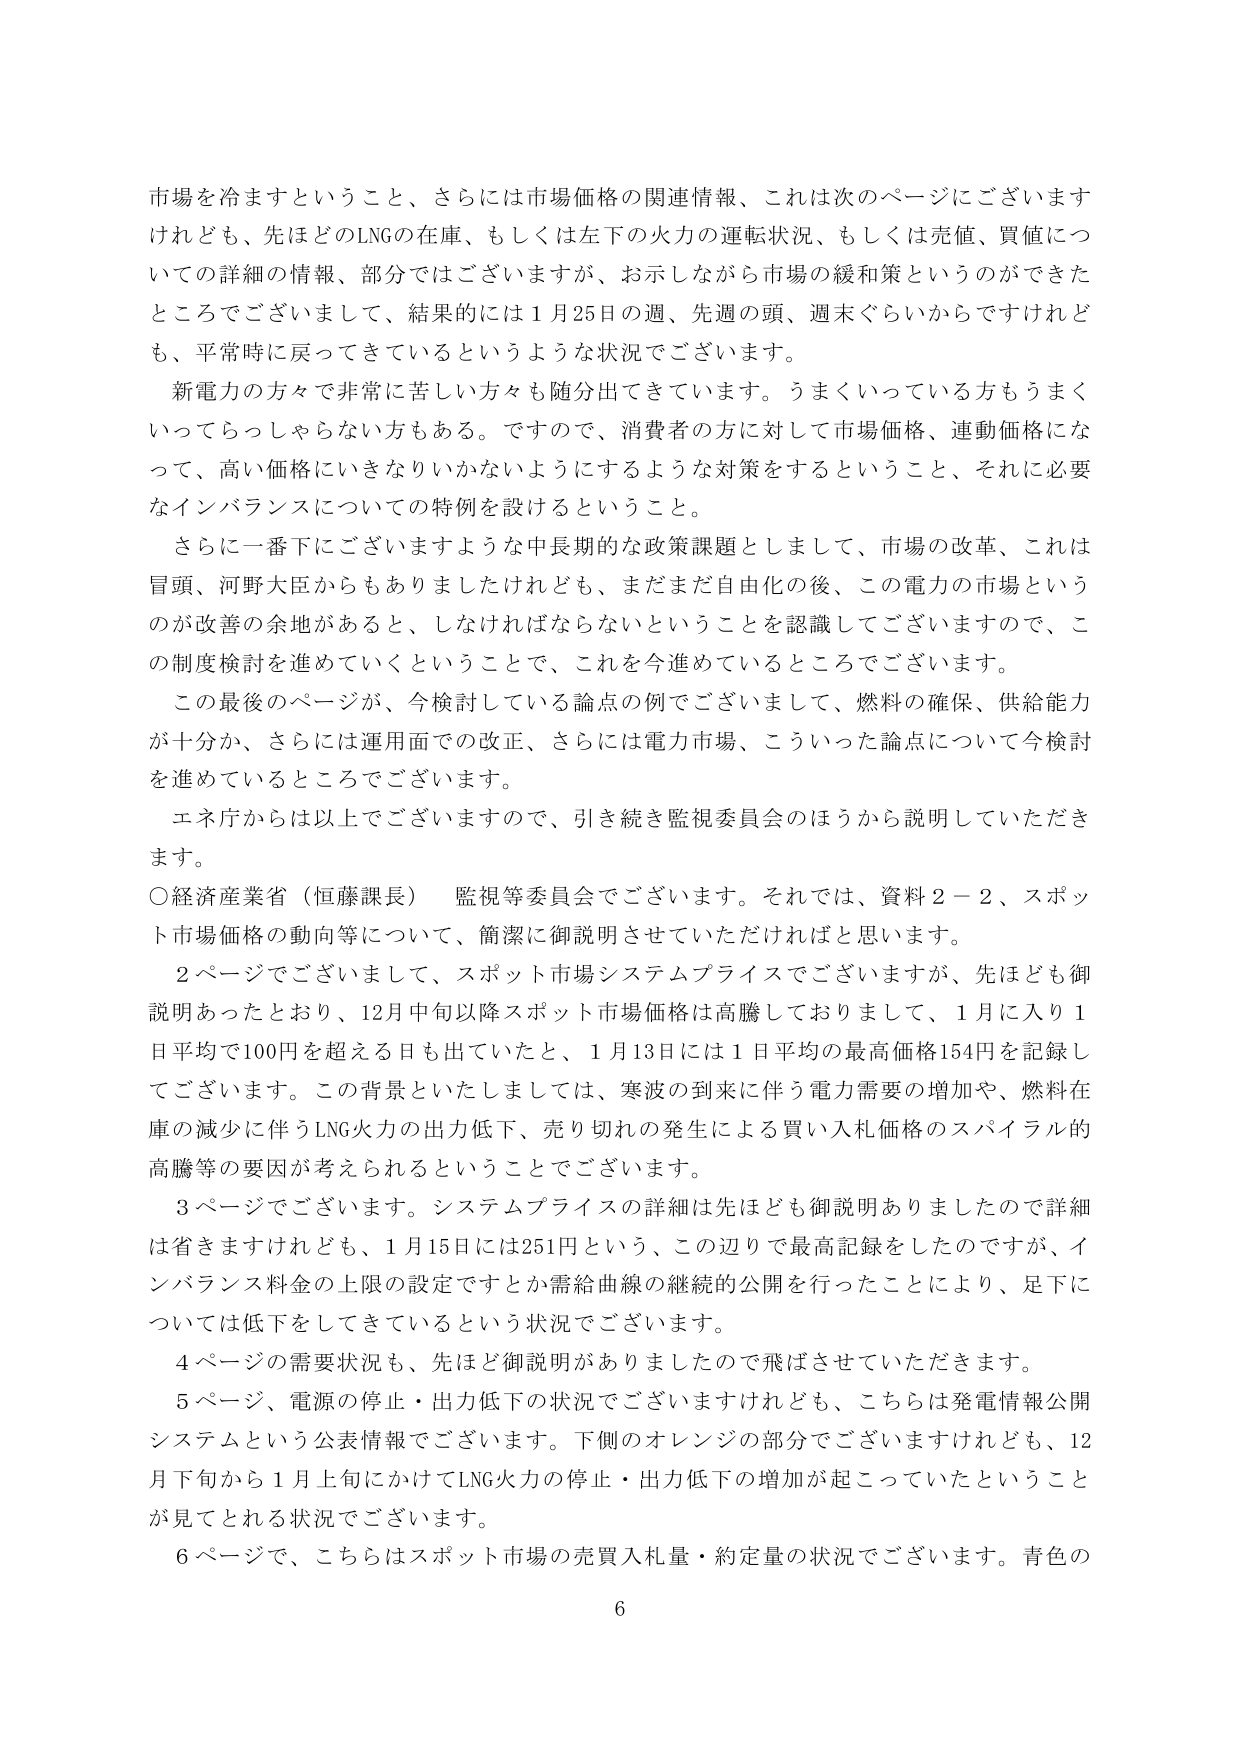
市場を冷ますということ、さらには市場価格の関連情報、これは次のページにございますけれども、先ほどのLNGの在庫、もしくは左下の火力の運転状況、もしくは売値、買値についての詳細の情報、部分ではございますが、お示しながら市場の緩和策というのができたところでございまして、結果的には1月25日の週、先週の頭、週末ぐらいからですけれども、平常時に戻ってきているというような状況でございます。

新電力の方々で非常に苦しい方も随分出てきています。うまくいっている方もうまくいってらっしゃらない方もある。ですので、消費者の方に対して市場価格、連動価格になって、高い価格にいきなりいかないようにするような対策をすること、それに必要なインバランスについての特例を設けるということ。

さらに一番下にございますような中長期的な政策課題としまして、市場の改革、これは冒頭、河野大臣からもありましたけれども、まだまだ自由化の後、この電力の市場というのが改善の余地があると、しなければならないということを認識してございますので、この制度検討を進めていくということで、これを今進めているところでございます。

この最後のページが、今検討している論点の例でございまして、燃料の確保、供給能力が十分か、さらには運用面での改正、さらには電力市場、こういった論点について今検討を進めているところでございます。

エネ庁からは以上でございますので、引き続き監視委員会のほうから説明していただきます。

○経済産業省（恒藤課長） 監視等委員会でございます。それでは、資料2－2、スポット市場価格の動向等について、簡潔に御説明させていただければと思います。

2ページでございまして、スポット市場システムプライスでございますが、先ほども御説明あったとおり、12月中旬以降スポット市場価格は高騰しておりまして、1月に入り1日平均で100円を超える日も出ていたと、1月13日には1日平均の最高価格154円を記録してございます。この背景といたしましては、寒波の到来に伴う電力需要の増加や、燃料在庫の減少に伴うLNG火力の出力低下、売り切れの発生による買い入れ価格のスパイラル的高騰等の要因が考えられるということでございます。

3ページでございます。システムプライスの詳細は先ほども御説明ありましたので詳細は省きますけれども、1月15日には251円という、この辺りで最高記録をしたのですが、インバランス料金の上限の設定ですとか需給曲線の継続的公開を行ったことにより、足下については低下をしてきているという状況でございます。

4ページの需要状況も、先ほど御説明がありましたので飛ばさせていただきます。

5ページ、電源の停止・出力低下の状況でございますけれども、こちらは発電情報公開システムという公表情報でございます。下側のオレンジの部分でございますけれども、12月下旬から1月上旬にかけてLNG火力の停止・出力低下の増加が起っていたということが見てとれる状況でございます。

6ページで、こちらはスポット市場の売買入札量・約定量の状況でございます。青色の

6